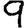
Digit: 9